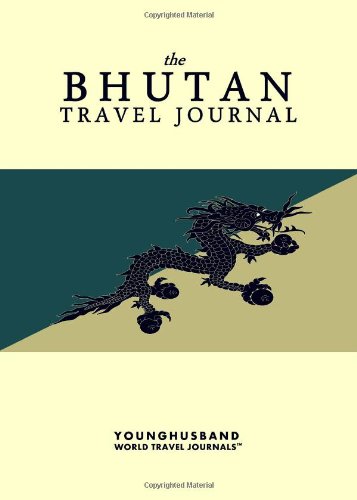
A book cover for The Bhutan Travel Journal; Younghusband World Travel Journals; Travel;